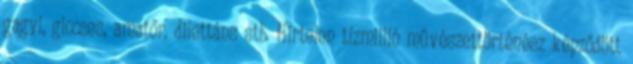
gagyi, giccses, amatőr, dilettáns stb. Hirtelen tízmillió művészettörténész képződött